Vaccination in Bombay 1902-1912 - 1902-1912
Year: 1902
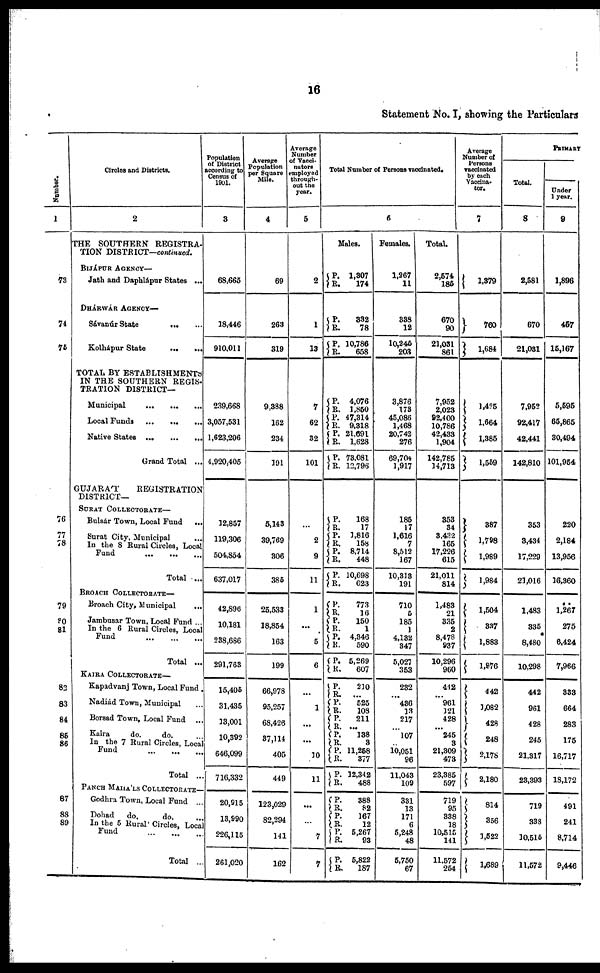
16
Statement No. I, showing the Particulars
Number.
1
73
74
75
76
77
78
79
80
81
82
83
84
85
86
87
88
89
Circles and Districts.
2
THE SOUTHERN REGISTRA-
TION DISTRICT—continued.
BIJÁPUR AGENCY—
Jath and Daphlápur States ...
DHÁRWÁR AGENCY—
Sávanúr State
...
...
Kolhápur State
...
...
TOTAL BY ESTABLISHMENTS
IN THE SOUTHERN REGIS-
TRATION DISTRICT—
Municipal
...
...
...
Local Funds
...
...
...
Native States
...
...
...
Grand Total ...
GUJARAT
REGISTRATION
DISTRICT—
SURAT COLLECTORATE—
Bulsár Town, Local Fund ...
Surat City, Municipal
...
In the 8 Rural Circles, Local
Fund ... ... ...
Total ...
BROACH COLLECTORATE—
Broach City, Municipal ...
Jambusar Town, Local Fund ...
In the 6 Rural Circles, Local
Fund ... ... ...
Total ...
KAIRA COLLECTORATE—
Kapadvanj Town, Local Fund .
Nadiád Town, Municipal ...
Borsad Town, Local Fund ...
Kaira
do.
do.
...
In the 7 Rural Circles, Local
Fund ... ... ...
Total ...
PANCH MAHÁLS COLLECTORATE—
Godhra Town, Local Fund ...
Dohad
do.
do.
...
In the 5 Rural Circles, Local
Fund ... ... ...
Total ...
Population
of District
according to
Census of
1901.
3
68,665
18,446
910,011
239,668
3,057,531
1,623,206
4,920,405
12,857
119,306
504,854
637,017
42,896
10,181
238,686
291,763
15,405
31,435
13,001
10,392
646,099
716,332
20,915
13,990
226,115
261,020
Average
Population
per Square
Mile.
4
69
263
319
9,388
162
234
191
5,143
39,769
306
385
25,533
18,854
163
199
66,978
95,257
68,426
37,114
405
449
123,029
82,294
141
162
Average
Number
of Vacci-
nators
employed
through-
out the
year.
5
2
1
13
7
62
32
101
...
2
9
11
1
...
5
6
...
1
...
...
10
11
...
...
7
7
Total Number of Persons vaccinated.
6
Males.
P.
R.
P.
R.
P.
R.
P.
R.
P.
R.
P. R.
P.
R.
P.
R.
P.
R.
P.
R.
P.
R.
P.
R. P.
R.
P.
R.
P.
R.
P.
R.
P.
R.
P.
R. P.
R.
P.
R.
P.
R.
P.
R.
P.
R.
P. R.
P.
R.
1,307
174
332
78
10,786
658
4,076
1,850
47,314
9,318
21,691
1,628
73,081
12,796
168
17
1,816
158
8,714
448
10,698
623
773
16
150
1
4,346
590
5,269
607
210
...
525
108
211
...
138
3
11,258
377
32,342
488
388
82
167
12
5,267
93
5,822
187
Females.
1,267
11
338
12
10,245
203
3,876
173
45,086
1,468
20,742
276
69,704
1,917
185
17
1,616
7
8,512
167
10,313
191
710
5
185
1
4,132
347
5,027
353
232
...
436
13
217
...
107
...
10,051
96
11,043
109
331
13
171
6
5,248
48
5,750
67
Total.
2,574
185
670
90
21,031
861
7,952
2,023
92,400
10,786
42,433
1,904
142,785
14,713
353
34
3,432
165
17,226
615
21,011
814
1,483
21
335
2
8,478
937
10,296
960
442
...
961
121
428
...
245
3
21,309
473
23,385
597
719
95
338
18
10,515
141
11,572
254
Average
Number of
Persons
vaccinated
by each
Vaccina-
tor.
7
1,379
760
1,684
1,425
1,664
1,385
1,559
387
1,798
1,989
1,984
1,504
337
1,883
1,876
442
1,082
428
248
2,178
2,180
814
356
1,522
1,689
PRIMARY
Total.
8
2,581
670
21,031
7,952
92,417
42,441
142,810
353
3,434
17,229
23,016
1,483
335
8,480
10,298
442
961
428
245
21,317
23,393
719
338
10,515
11,572
Under
1 year.
9
1,896
457
15,167
5,595
65,865
30,494
101,954
220
2,184
13,956
16,360
1,267
275
6,424
7,966
333
664
283
175
16,717
18,172
491
241
8,714
9,446